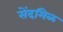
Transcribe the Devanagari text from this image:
सेंदमिळ